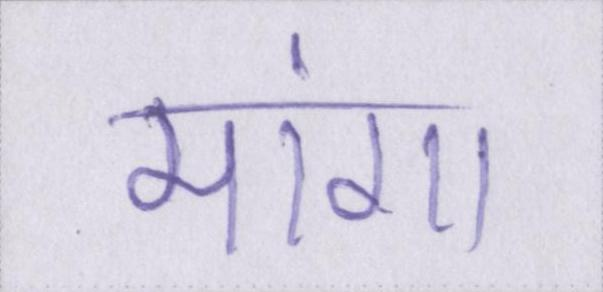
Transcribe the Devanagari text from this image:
मांगा